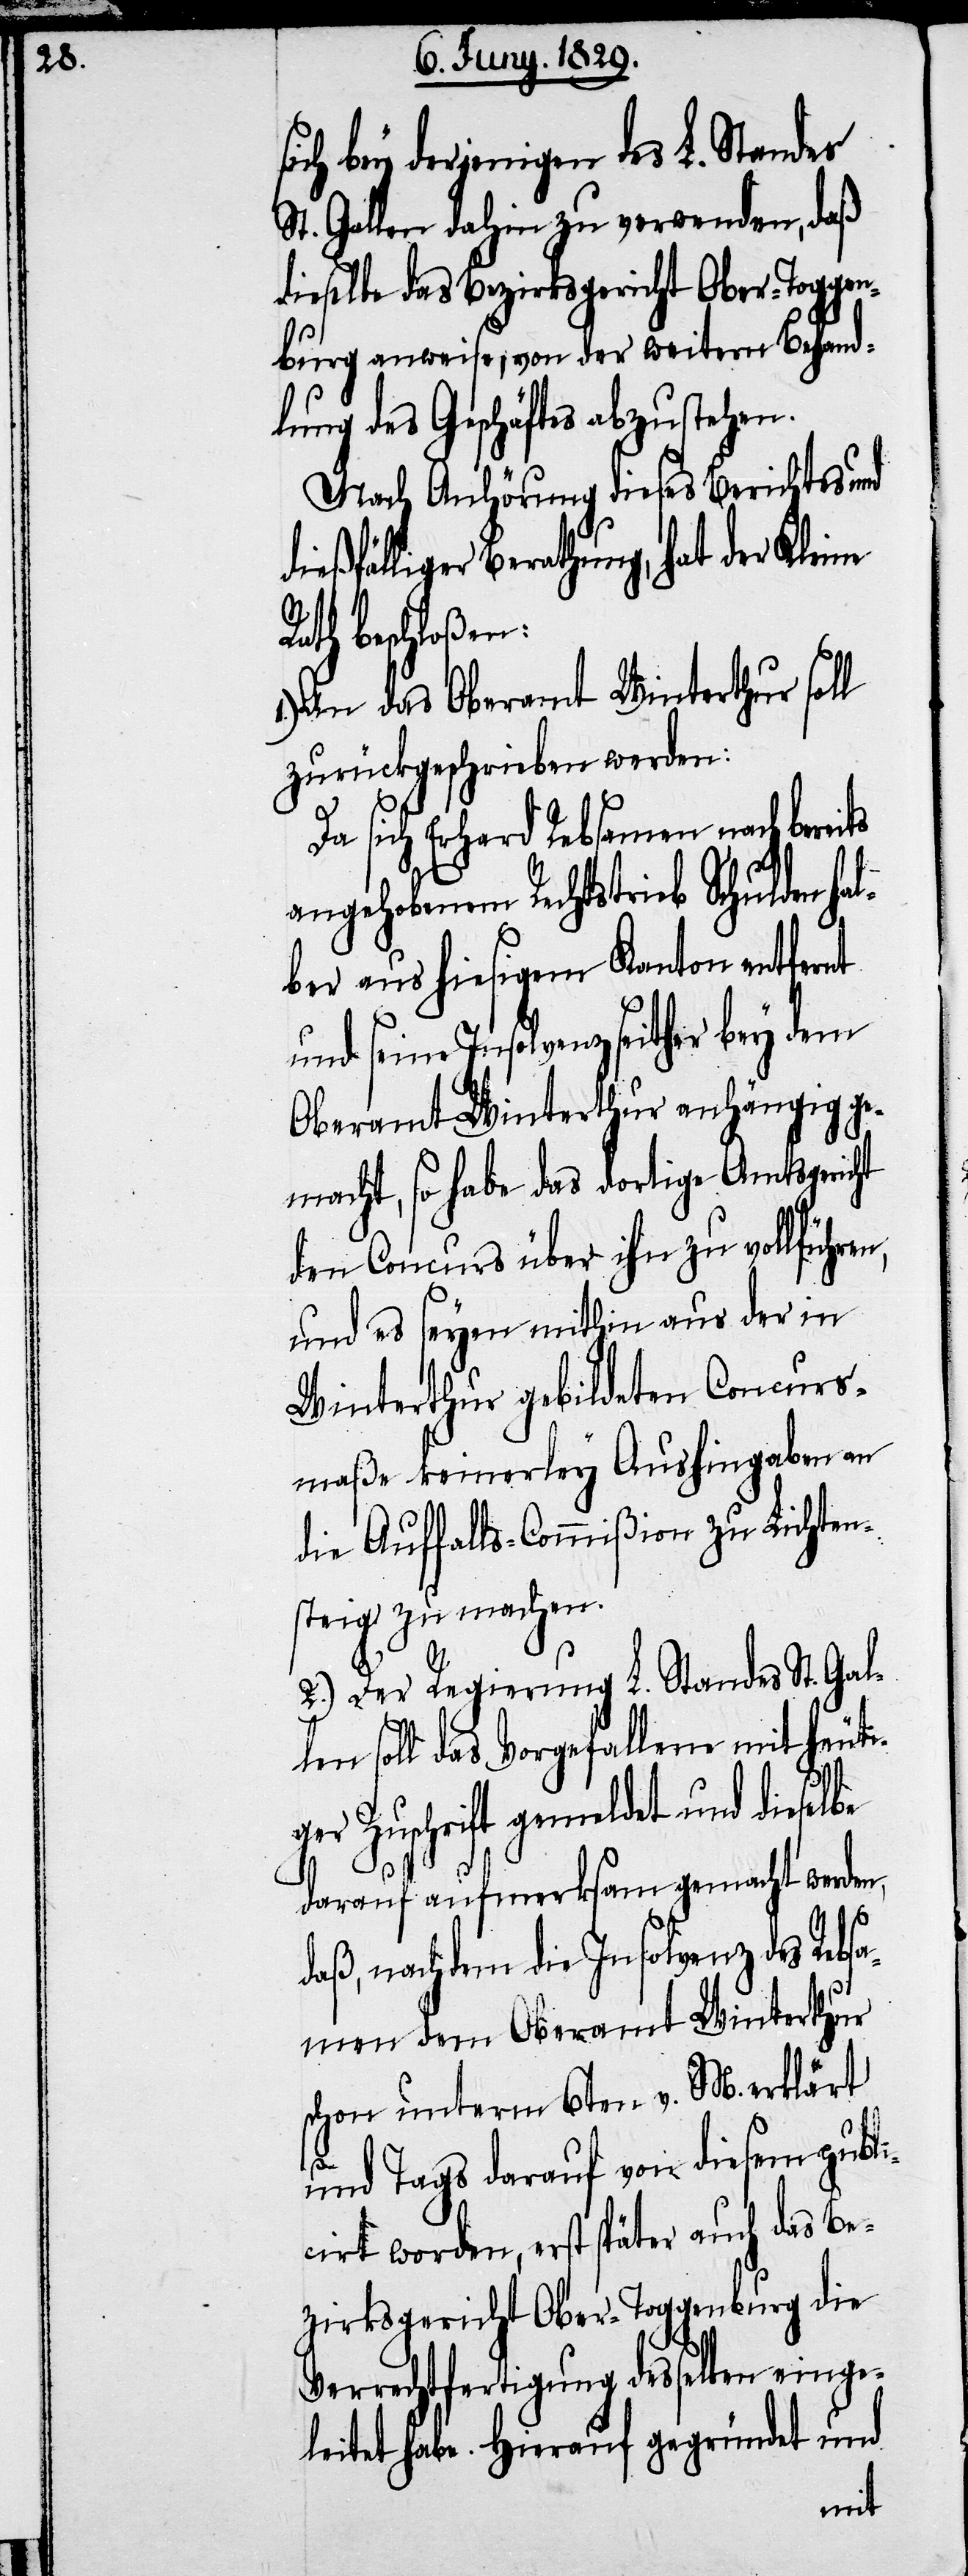
ich bey derjenigen des L. Standes
St. Gallen dahin zu verwenden, daß
dieselbe das Bezirksgericht Ober-Toggen¬
brug anweise, von der weitern Behand¬
lung des Geschäfts abzustehen.
Nach Anhörung diese Berichts und
dießfäligen Berathung, hat der Kleine
Rath beschloßen:
1.) An das Oberamt Winterthur soll
zurückgeschrieben werden:
Da sich Erhard Rebsamen nach bereits
angehobenem Rechtstrieb Schulden ha¬
lber aus hiesigem Kanton entfernt
und seine Insolvenz seither bey dem
Oberamt Winterthur anhängig ge¬
macht, so habe das dortige Amtsgericht
den Concurs über ihn zu vollführen,
und es seyen mithin aus der in
Winterthur gebildeten Concurs¬
maße keinerley Aushingaben an
die Auffalls-Commißion zu Lichten¬
steig zu machen.
2.) Der Regierung L. Standes St. Gal¬
len soll das Vorgefallene mit heuti¬
ger Zuschrift gemeldet und dieselbe
darauf aufmerksam gemacht werden,
daß, nachdem die Insolvenz des Rebs¬
amen dem Oberamt Winterthur
schon unterm 6ten v. M. erklärt
V¬
und Tags darauf von diesem publi¬
cirt worden, erst später auch das Be¬
zirksgericht Ober-Toggenburg die
errechtfertigung desselben eing¬
eleitet habe. Hierauf gegründet und